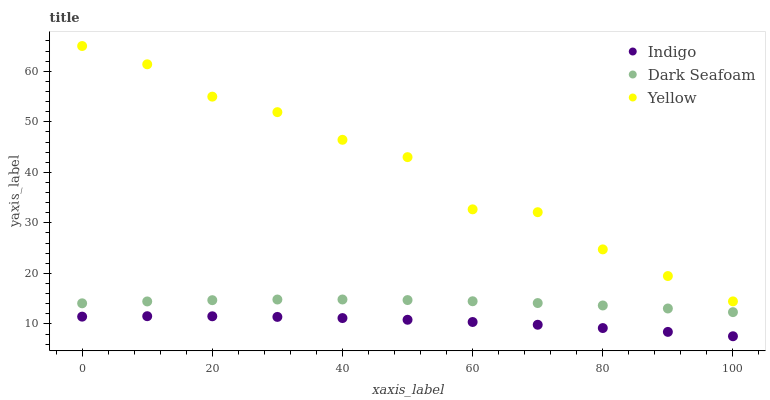
| xaxis_label | Indigo | Dark Seafoam | Yellow |
 | --- | --- | --- | --- |
 | 0 | 11.4 | 14.1 | 65 |
 | 10 | 11.5 | 14.4 | 61.4 |
 | 20 | 11.5 | 14.7 | 55 |
 | 30 | 11.4 | 14.8 | 51.9 |
 | 40 | 11.2 | 14.8 | 46.4 |
 | 50 | 10.8 | 14.7 | 43 |
 | 60 | 10.4 | 14.5 | 32.7 |
 | 70 | 9.83 | 14.1 | 32.1 |
 | 80 | 9.18 | 13.6 | 24.8 |
 | 90 | 8.42 | 13.1 | 19.5 |
 | 100 | 7.56 | 12.3 | 14.5 |